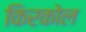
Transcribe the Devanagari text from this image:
किरकोल